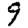
Digit: 9